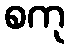
စကု